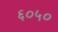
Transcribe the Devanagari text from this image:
६०५०